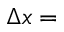
\Delta x =